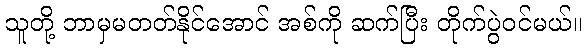
သူတို့ ဘာမှမတတ်နိုင်အောင် အစ်ကို ဆက်ပြီး တိုက်ပွဲဝင်မယ်။